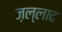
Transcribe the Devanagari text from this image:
ज़ल्लाद